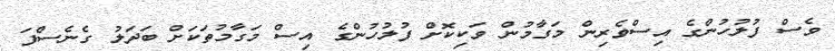
ވެސް ފުލުހުންގެ އިސްވެރިން މަގާމުން ވަކިކޮށް ފުލުހުންގެ އިސް މަގާމުތަކަށް ބަދަލު ގެނެސްފަ